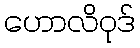
ဟောလိဝုဒ်